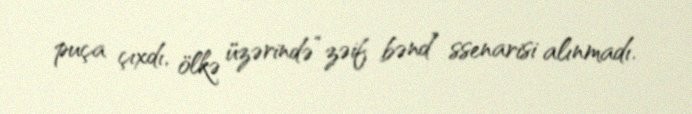
puça çıxdı, ölkə üzərində “zəif bənd” ssenarisi alınmadı.